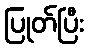
ပြုတ်ပြီး